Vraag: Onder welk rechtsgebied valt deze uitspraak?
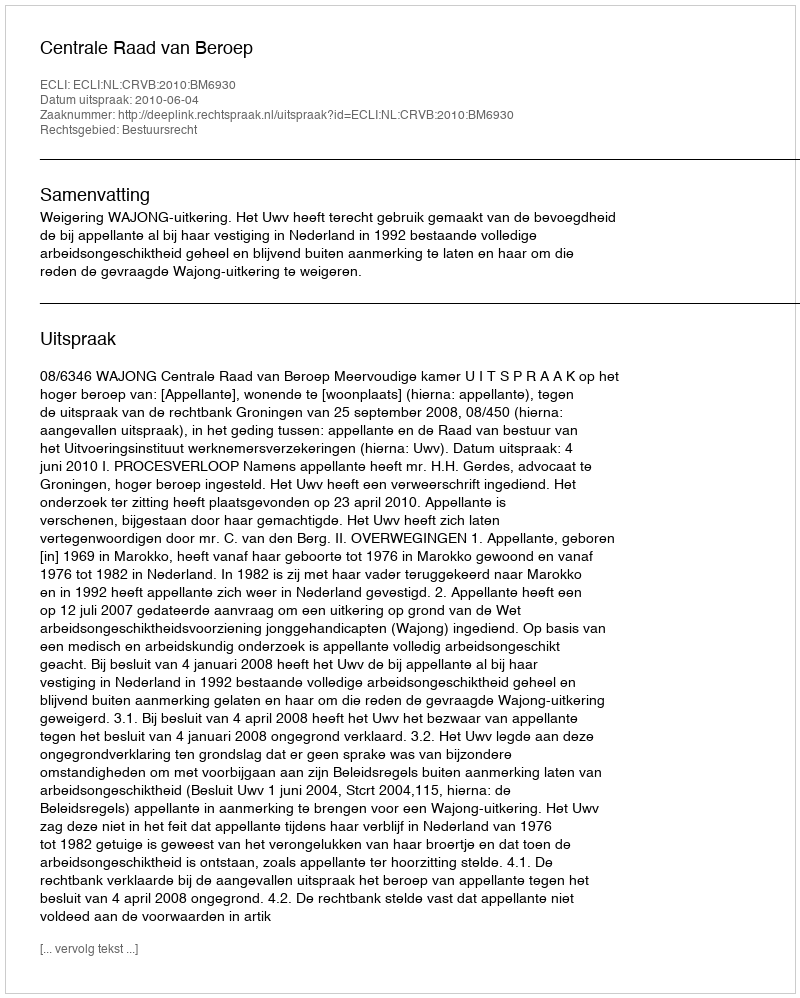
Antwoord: Bestuursrecht